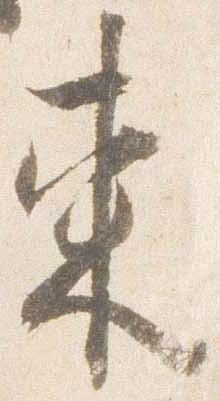
東